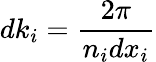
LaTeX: dk_{i}=\frac{2\pi}{n_{i}dx_{i}}